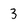
Character: 3